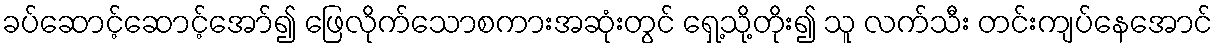
ခပ်ဆောင့်ဆောင့်အော်၍ ဖြေလိုက်သောစကားအဆုံးတွင် ရှေ့သို့တိုး၍ သူ လက်သီး တင်းကျပ်နေအောင်